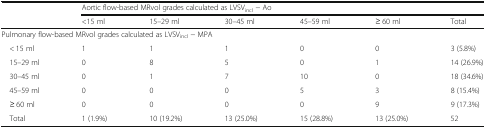
<table><thead><tr><td rowspan="2"></td><td colspan="6"><b>Aortic flow-based MRvol grades calculated as LVSV<sub>incl</sub> − Ao</b></td></tr><tr><td><b>&lt;15 ml</b></td><td><b>15–29 ml</b></td><td><b>30–45 ml</b></td><td><b>45–59 ml</b></td><td><b>≥ 60 ml</b></td><td><b>Total</b></td></tr></thead><tbody><tr><td colspan="7">Pulmonary flow-based MRvol grades calculated as LVSV<sub>incl</sub> − MPA</td></tr><tr><td> &lt; 15 ml</td><td>1</td><td>1</td><td>1</td><td>0</td><td>0</td><td>3 (5.8%)</td></tr><tr><td> 15–29 ml</td><td>0</td><td>8</td><td>5</td><td>0</td><td>1</td><td>14 (26.9%)</td></tr><tr><td> 30–45 ml</td><td>0</td><td>1</td><td>7</td><td>10</td><td>0</td><td>18 (34.6%)</td></tr><tr><td> 45–59 ml</td><td>0</td><td>0</td><td>0</td><td>5</td><td>3</td><td>8 (15.4%)</td></tr><tr><td> ≥ 60 ml</td><td>0</td><td>0</td><td>0</td><td>0</td><td>9</td><td>9 (17.3%)</td></tr><tr><td> Total</td><td>1 (1.9%)</td><td>10 (19.2%)</td><td>13 (25.0%)</td><td>15 (28.8%)</td><td>13 (25.0%)</td><td>52</td></tr></tbody></table>